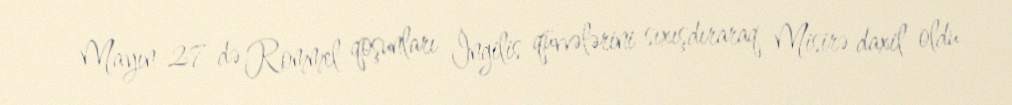
Mayın 27-də Rommel qoşunları İngilis qüvvələrini sıxışdıraraq Misirə daxil oldu